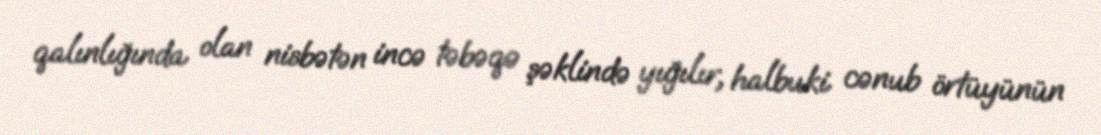
qalınlığında olan nisbətən incə təbəqə şəklində yığılır, halbuki cənub örtüyünün